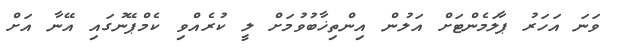
ވަނަ އަހަރު ޕާލަމެންޓަށް އަލުން އިންތިޚާބުވުމަށް ލީ ކުރެއްވި ކެމްޕޭނުގައި އޭނާ އަށް